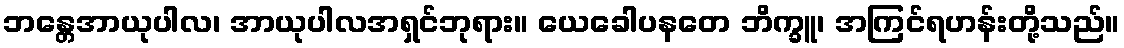
ဘန္တေအာယုပါလ၊ အာယုပါလအရှင်ဘုရား။ ယေခေါပနတေ ဘိက္ခူ၊ အကြင်ရဟန်းတို့သည်။